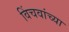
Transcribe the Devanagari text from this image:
विंचवांच्या